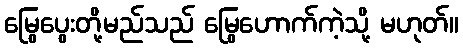
မြွေပွေးတို့မည်သည် မြွေဟောက်ကဲ့သို့ မဟုတ်။